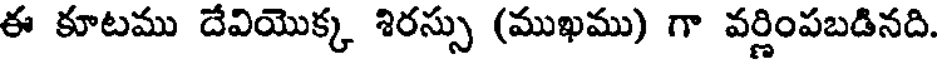
ఈ కూటము దేవియొక్క శిరస్సు (ముఖము) గా వర్ణింపబడినది.